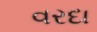
વરદા